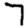
Digit: 7